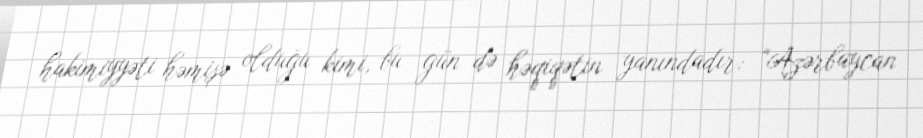
hakimiyyəti həmişə olduğu kimi, bu gün də həqiqətin yanındadır: “Azərbaycan